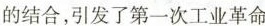
的结合，引发了第一次工业革命